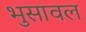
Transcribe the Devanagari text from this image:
भुुसावल